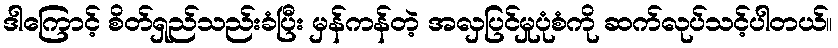
ဒါကြောင့် စိတ်ရှည်သည်းခံပြီး မှန်ကန်တဲ့ အလှပြင်မှုပုံစံကို ဆက်လုပ်သင့်ပါတယ်။